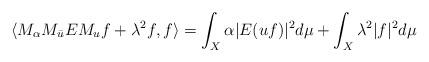
LaTeX: \begin{align*}\langle M_{\alpha}M_{\bar{u}}EM_{u}f+\lambda^2f,f\rangle&=\int_{X}\alpha|E(uf)|^2d\mu+\int_{X}\lambda^2|f|^2d\mu\end{align*}